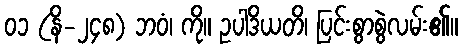
၀၁ (နိ-၂၄၈) ဘဝံ၊ ကို။ ဥပါဒိယတိ၊ ပြင်းစွာစွဲလမ်း၏။